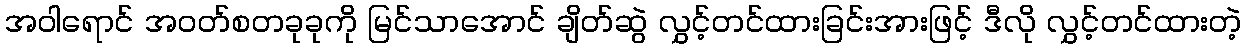
အဝါရောင် အဝတ်စတခုခုကို မြင်သာအောင် ချိတ်ဆွဲ လွှင့်တင်ထားခြင်းအားဖြင့် ဒီလို လွှင့်တင်ထားတဲ့